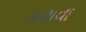
કરાવા